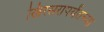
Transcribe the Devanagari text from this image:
खिरसरापर्यंतच्या